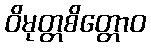
ဝိမုတ္တစိတ္တောဝ